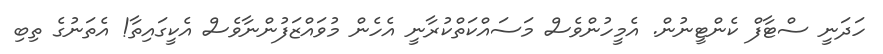
ހަދަނީ ސްޓާފް ކެންޓީނުން. އެމީހުންވެސް މަސައްކަތްކުރާނީ އެހެން މުވައްޒަފުންނާވެސް އެކީގައިތާ! އެތަނުގެ ތިބި